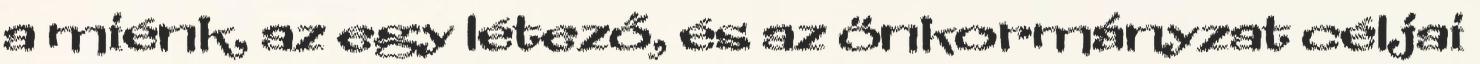
a miénk, az egy létező, és az önkormányzat céljai